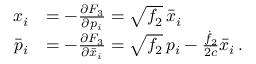
\begin{array} { r l } { x _ { i } } & { = - \frac { \partial F _ { 3 } } { \partial p _ { i } } = \sqrt { f _ { 2 } } \, \bar { x } _ { i } } \\ { \bar { p } _ { i } } & { = - \frac { \partial F _ { 3 } } { \partial \bar { x } _ { i } } = \sqrt { f _ { 2 } } \, p _ { i } - \frac { \dot { f } _ { 2 } } { 2 c } \bar { x } _ { i } \, . } \end{array}